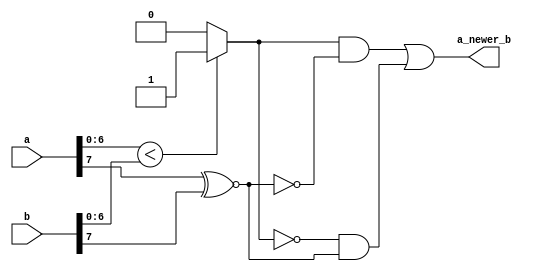
module tri_agecmp(
   a,
   b,
   a_newer_b
);
   parameter        SIZE = 8;

   input [0:SIZE-1] a;
   input [0:SIZE-1] b;
   output           a_newer_b;

   // tri_agecmp

   wire             a_lt_b;
   wire             a_gte_b;
   wire             cmp_sel;

   assign a_lt_b = (a[1:SIZE - 1] < b[1:SIZE - 1]) ? 1'b1 :
   1'b0;

   assign a_gte_b = (~a_lt_b);

   assign cmp_sel = a[0] ~^ b[0];

   assign a_newer_b = (a_lt_b & (~cmp_sel)) | (a_gte_b & cmp_sel);
endmodule